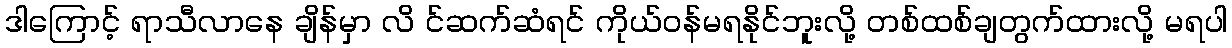
ဒါကြောင့် ရာသီလာနေ ချိန်မှာ လိ င်ဆက်ဆံရင် ကိုယ်ဝန်မရနိုင်ဘူးလို့ တစ်ထစ်ချတွက်ထားလို့ မရပါ